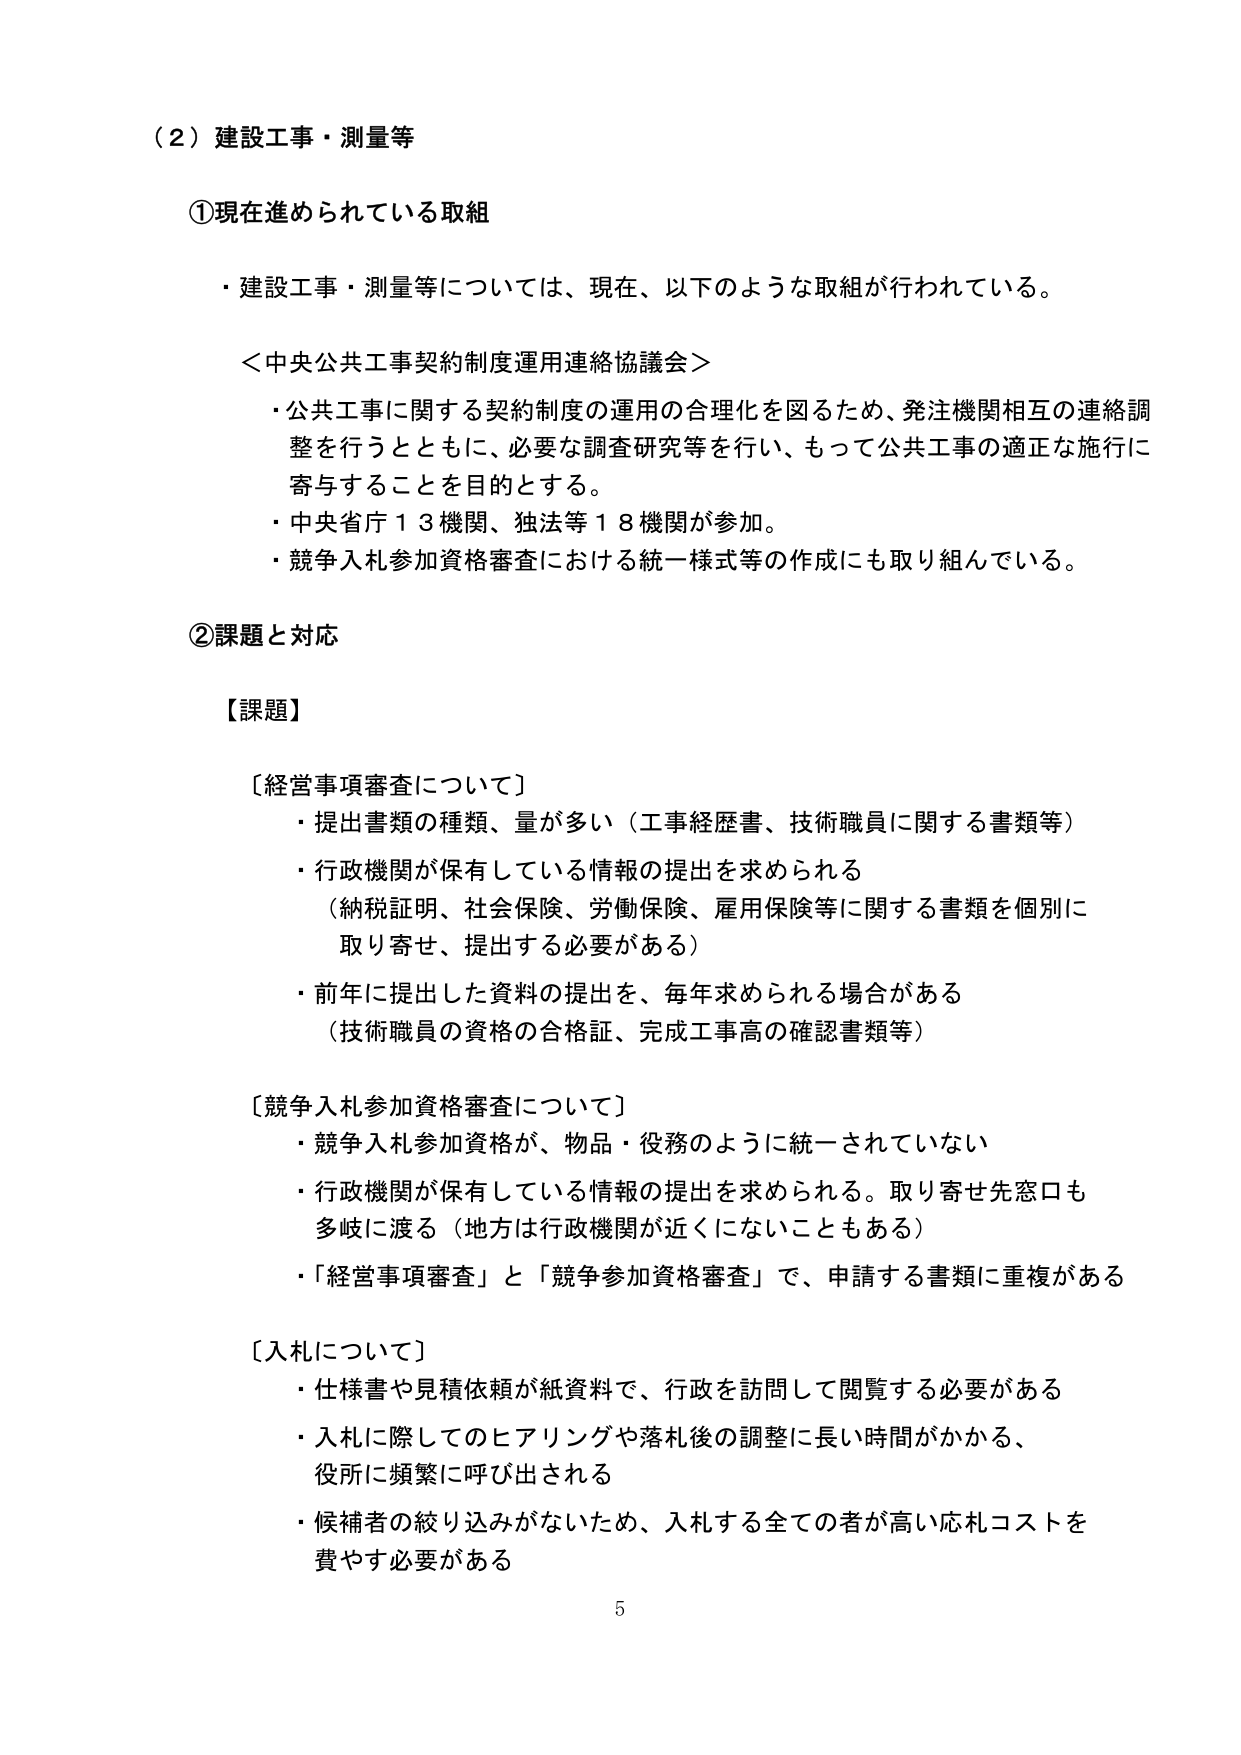
（２）建設工事・測量等

①現在進められている取組

・建設工事・測量等については、現在、以下のような取組が行われている。

＜中央公共工事契約制度運用連絡協議会＞
・公共工事に関する契約制度の運用の合理化を図るため、発注機関相互の連絡調整を行うとともに、必要な調査研究等を行い、もって公共工事の適正な施行に寄与することを目的とする。
・中央省庁１３機関、独法等１８機関が参加。
・競争入札参加資格審査における統一様式等の作成にも取り組んでいる。

②課題と対応

【課題】

〔経営事項審査について〕
・提出書類の種類、量が多い（工事経歴書、技術職員に関する書類等）
・行政機関が保有している情報の提出を求められる
（納税証明、社会保険、労働保険、雇用保険等に関する書類を個別に取り寄せ、提出する必要がある）
・前年に提出した資料の提出を、毎年求められる場合がある
（技術職員の資格の合格証、完成工事高の確認書類等）

〔競争入札参加資格審査について〕
・競争入札参加資格が、物品・役務のように統一されていない
・行政機関が保有している情報の提出を求められる。取り寄せ先窓口も多岐に渡る（地方は行政機関が近くになることもある）
・「経営事項審査」と「競争参加資格審査」で、申請する書類に重複がある

〔入札について〕
・仕様書や見積依頼が紙資料で、行政を訪問して閲覧する必要がある
・入札に際してのヒアリングや落札後の調整に長い時間がかかる、役所に頻繁に呼び出される
・候補者の絞り込みがないため、入札する全ての者が高い応札コストを費やす必要がある

5